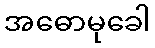
အဓောမုခေါ